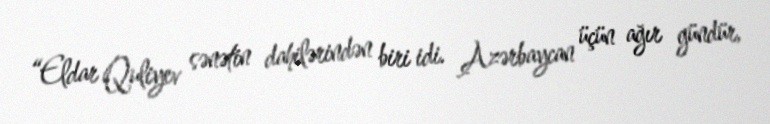
“Eldar Quliyev sənətin dahilərindən biri idi. Azərbaycan üçün ağır gündür,